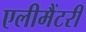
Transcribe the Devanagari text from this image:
एलीमैंटरी